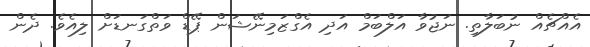
އެއްޗެއް ނުބަލާތި. ނަޖުވާ އަލްބަމް އަދި އެގްޒަމިނޭޝަން ޕޭޑް ވަތްގަނޑަށް ލިއެވެ. ދެން